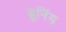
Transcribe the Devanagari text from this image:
ब्रूनिंग